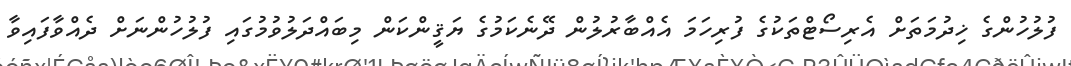
ފުލުހުންގެ ޚިދުމަތަށް އެރިސޯޓްތަކުގެ ފުރިހަމަ އެއްބާރުލުން ދޭނެކަމުގެ ޔަޤީންކަން މިބައްދަލުވުމުގައި ފުލުހުންނަށް ދެއްވާފައިވާ